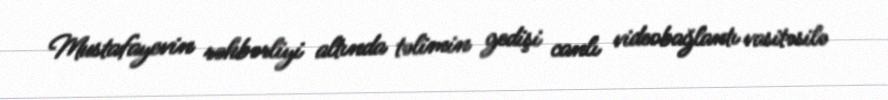
Mustafayevin rəhbərliyi altında təlimin gedişi canlı videobağlantı vasitəsilə